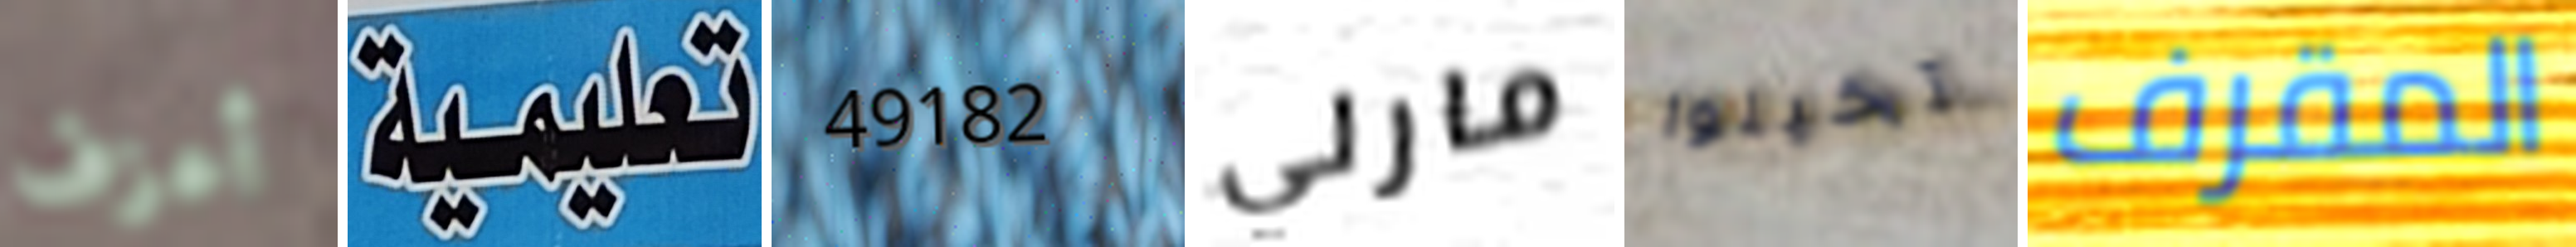
أعزف تعليمية 49182 مارلي تخيلوا المقرف